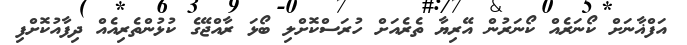
އަފްޣާނަށް ކޯނަރެއް ކޯނަރުން އޭރިޔާ ތެރެއަށް ހުރަސްކޮށްލި ބޯޅަ ރާއްޖޭގެ ކުޅުންތެރިއެއް ދިފާއުކޮށްފި